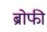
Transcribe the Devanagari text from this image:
ब्रोफी